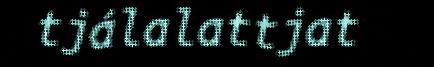
tjálalattjat